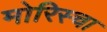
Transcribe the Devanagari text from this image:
मोरिस्चा